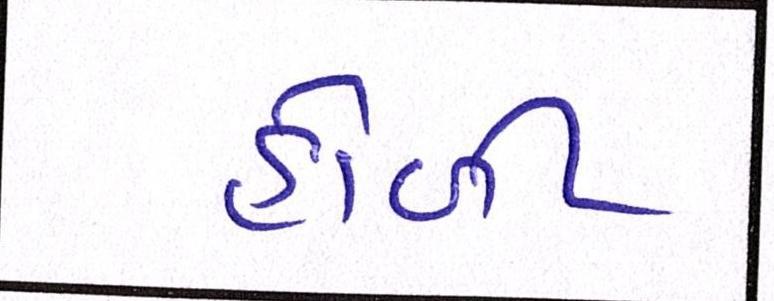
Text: હોળી